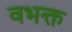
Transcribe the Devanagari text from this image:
वभक्त